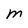
Character: M